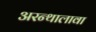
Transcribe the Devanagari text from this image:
अरन्थालावा